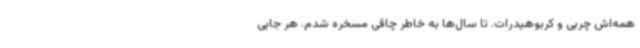
همه‌اش چربی و کربوهیدرات. تا سال‌ها به خاطر چاقی مسخره شدم. هر جایی